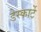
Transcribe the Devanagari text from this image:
डेस्कार्टे